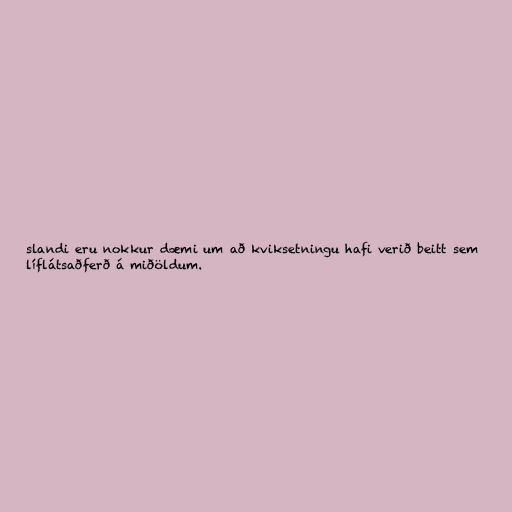
slandi eru nokkur dæmi um að kviksetningu hafi verið beitt sem
líflátsaðferð á miðöldum.